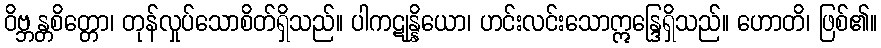
ဝိဗ္ဘန္တစိတ္တော၊ တုန်လှုပ်သောစိတ်ရှိသည်။ ပါကဋုန္နိယော၊ ဟင်းလင်းသောဣန္ဒြေရှိသည်။ ဟောတိ၊ ဖြစ်၏။